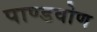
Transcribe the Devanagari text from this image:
पाण्डवोण